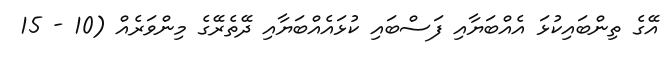
އޭގެ ތިންބައިކުޅަ އެއްބަޔާއި ފަސްބައި ކުޅައެއްބަޔާއި ދޭތެރޭގެ މިންވަރެއް (10 - 15